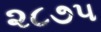
૨૮૭૫